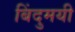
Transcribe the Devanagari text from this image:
बिंदुमयी